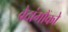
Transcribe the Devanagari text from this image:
वेदांगौंको